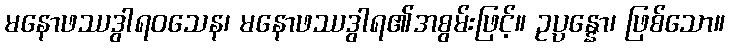
မနောဖဿဒွါရဝသေန၊ မနောဖဿဒွါရ၏အစွမ်းဖြင့်။ ဥပ္ပန္နော၊ ဖြစ်သော။